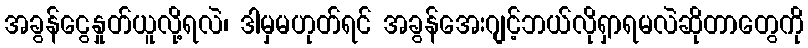
အခွန်ငွေနှုတ်ယူလို့ရလဲ၊ ဒါမှမဟုတ်ရင် အခွန်အေးဂျင့်ဘယ်လိုရှာရမလဲဆိုတာတွေကို